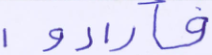
فأرادوا